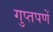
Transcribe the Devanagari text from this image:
गुप्‍तपणें